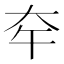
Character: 𡗧